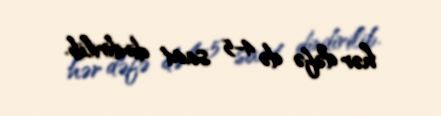
hər dəfə də 4-5 saat dindirilib.